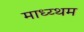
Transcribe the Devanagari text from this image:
माध्य्थम